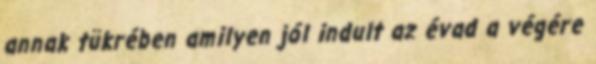
annak tükrében amilyen jól indult az évad a végére